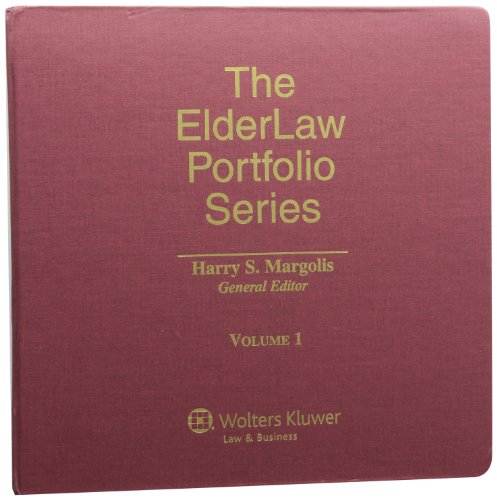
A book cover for Elder Law Portfolio Series; Esq., Harry S. Margolis; Law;